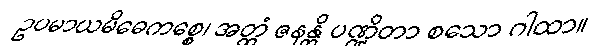
ဥပမာယမိဓေကစ္စေ၊ အတ္ထံ ဇနန္တိ ပဏ္ဍိတာ စသော ဂါထာ။